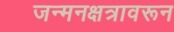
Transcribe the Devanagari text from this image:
जन्मनक्षत्रावरून